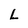
Character: L